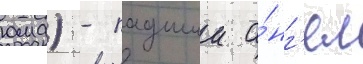
юма) - падшии а́нг'ел